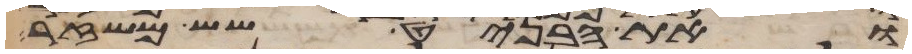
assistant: ואת האבניט שש משזר